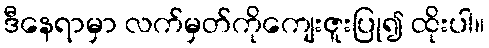
ဒီနေရာမှာ လက်မှတ်ကိုကျေးဇူးပြု၍ ထိုးပါ။